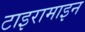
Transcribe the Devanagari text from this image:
टाइरामाइन